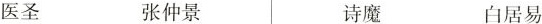
医圣 张仲景 诗魔 白居易